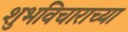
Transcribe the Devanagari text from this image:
शुभविचाराच्या